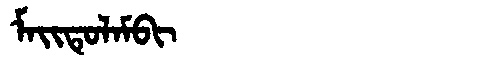
Manchu: ᠮᠠᡳᡨᡠᠯᠠᠮᠪᡳ
Romanization: MAITULAMBI